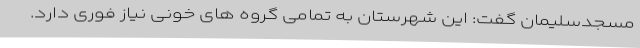
مسجدسلیمان گفت: این شهرستان به تمامی گروه های خونی نیاز فوری دارد.